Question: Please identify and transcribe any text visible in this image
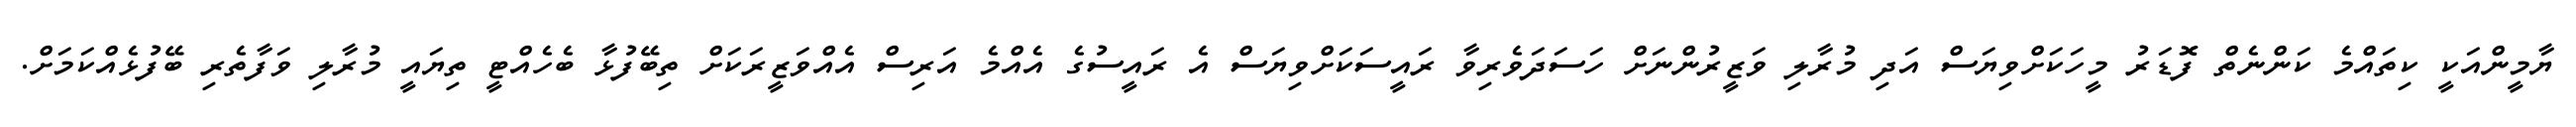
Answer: ޔާމީންއަކީ ކިތައްމެ ކަންނެތް ފޮޑަރު މީހަކަށްވިޔަސް އަދި މުރާލި ވަޒީރުންނަށް ހަސަދަވެރިވާ ރައީސަކަށްވިޔަސް އެ ރައީސުގެ އެއްމެ އަރިސް އެއްވަޒީރަކަށް ތިބޭފުޅާ ބެހެއްޓީ ތިޔައީ މުރާލި ވަފާތެރި ބޭފުޅެއްކަމަށް.